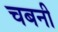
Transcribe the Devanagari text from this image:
चबनी